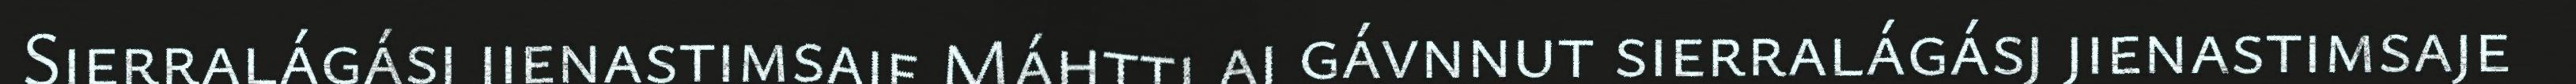
Sierralágásj jienastimsaje Máhtti aj gávnnut sierralágásj jienastimsaje